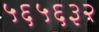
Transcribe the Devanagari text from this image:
५६५६३२